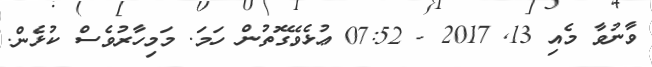
ވާނުވާ މެއި 13